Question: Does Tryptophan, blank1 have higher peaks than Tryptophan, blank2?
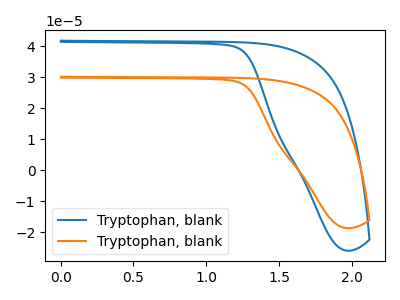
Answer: <think>The blue curve "Tryptophan, blank1" has no peaks. The orange curve "Tryptophan, blank2" has no peaks.</think>
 <answer>Niether CV has any peaks.</answer>
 <eval>blanks</eval>